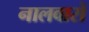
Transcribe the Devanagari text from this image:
नालवारों